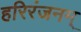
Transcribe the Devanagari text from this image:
हरिरंजनम्